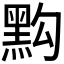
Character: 𪐯